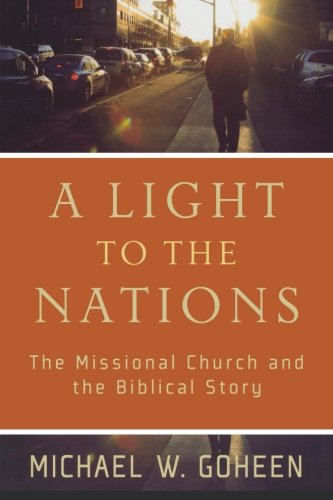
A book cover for A Light to the Nations: The Missional Church and the Biblical Story; Michael W. Goheen; Christian Books & Bibles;